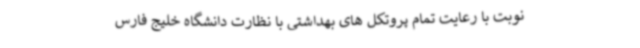
نوبت با رعایت تمام پروتکل های بهداشتی با نظارت دانشگاه خلیج فارس